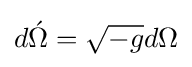
d{\acute {\Omega }}={\sqrt {-g}}d{\Omega }